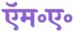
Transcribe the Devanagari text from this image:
ऍम॰ए॰